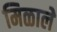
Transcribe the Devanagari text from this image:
मिळालेे